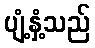
ပျံ့နှံ့သည်